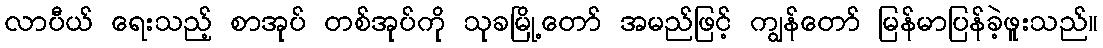
လာပီယ် ရေးသည့် စာအုပ် တစ်အုပ်ကို သုခမြို့တော် အမည်ဖြင့် ကျွန်တော် မြန်မာပြန်ခဲ့ဖူးသည်။